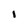
Character: l